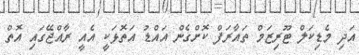
އަދި މެޑިކަލް ޓޫރިޒަމް ތައާރަފް ކޮށްގެން އައްޑު އަތޮޅަކީ އެއީ ރާއްޖޭގައި އޮތް